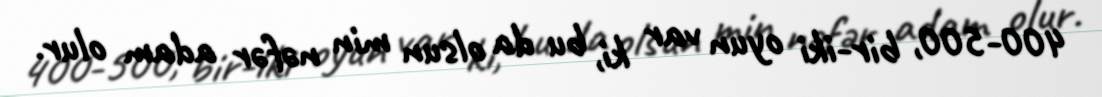
400-500, bir-iki oyun var ki, bu da olsun min nəfər adam olur.